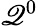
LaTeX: \mathscr{Q}^{0}